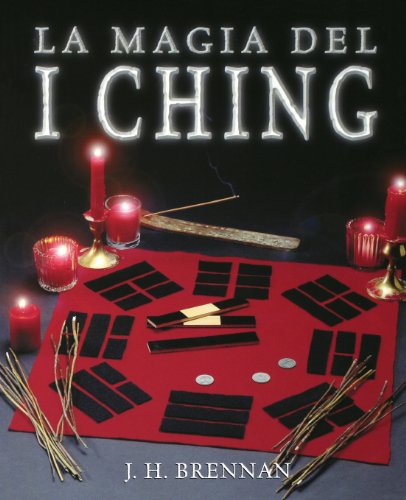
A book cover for La magia del I Ching (Spanish Edition); J. H. Brennan; Religion & Spirituality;